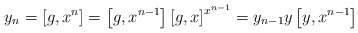
\begin{align*} y_n = \left[g,x^{n}\right] = \left[g,x^{n-1}\right] \left[g,x\right]^{x^{n-1}} = y_{n-1} y \left[y,x^{n-1}\right]\end{align*}